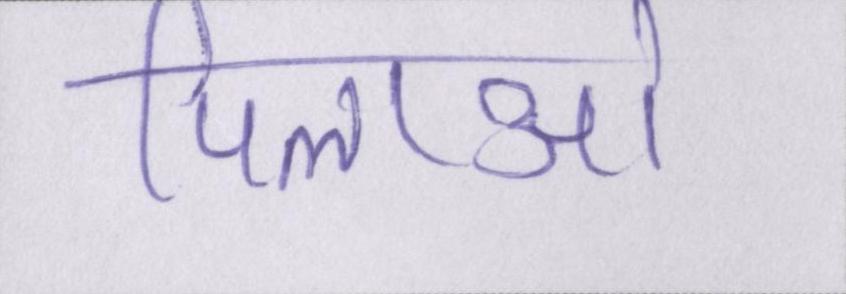
पिलाओ